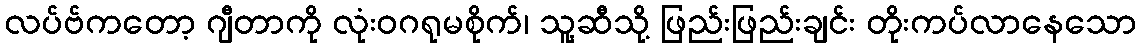
လပ်ဗ်ကတော့ ဂျီတာကို လုံးဝဂရုမစိုက်၊ သူ့ဆီသို့ ဖြည်းဖြည်းချင်း တိုးကပ်လာနေသော